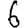
Digit: 6